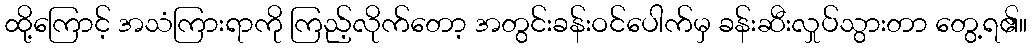
ထို့ကြောင့် အသံကြားရာကို ကြည့်လိုက်တော့ အတွင်းခန်းဝင်ပေါက်မှ ခန်းဆီးလှုပ်သွားတာ တွေ့ရ၏။